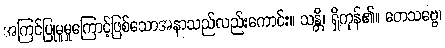
အကြင်ပြုမူမှုကြောင့်ဖြစ်သောအနာသည်လည်းကောင်း။ သန္တိ၊ ရှိကုန်၏။ တေသဗ္ဗေ၊